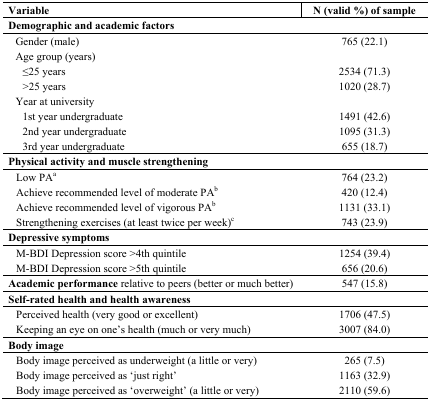
<table><thead><tr><td><b>Variable</b></td><td><b>N (valid %) of sample</b></td></tr></thead><tbody><tr><td colspan="2"><b>Demographic and academic factors</b></td></tr><tr><td>Gender (male)</td><td>765 (22.1)</td></tr><tr><td>Age group (years)</td><td></td></tr><tr><td>≤25 years</td><td>2534 (71.3)</td></tr><tr><td>&gt;25 years</td><td>1020 (28.7)</td></tr><tr><td>Year at university</td><td></td></tr><tr><td>1st year undergraduate</td><td>1491 (42.6)</td></tr><tr><td>2nd year undergraduate</td><td>1095 (31.3)</td></tr><tr><td>3rd year undergraduate</td><td>655 (18.7)</td></tr><tr><td colspan="2"><b>Physical activity and muscle strengthening</b></td></tr><tr><td>Low PA<sup>a</sup></td><td>764 (23.2)</td></tr><tr><td>Achieve recommended level of moderate PA<sup>b</sup></td><td>420 (12.4)</td></tr><tr><td>Achieve recommended level of vigorous PA<sup>b</sup></td><td>1131 (33.1)</td></tr><tr><td>Strengthening exercises (at least twice per week)<sup>c</sup></td><td>743 (23.9)</td></tr><tr><td colspan="2"><b>Depressive symptoms</b></td></tr><tr><td>M-BDI Depression score &gt;4th quintile</td><td>1254 (39.4)</td></tr><tr><td>M-BDI Depression score &gt;5th quintile</td><td>656 (20.6)</td></tr><tr><td><b>Academic performance</b> relative to peers (better or much better)</td><td>547 (15.8)</td></tr><tr><td colspan="2"><b>Self-rated health and health awareness</b></td></tr><tr><td>Perceived health (very good or excellent)</td><td>1706 (47.5)</td></tr><tr><td>Keeping an eye on one’s health (much or very much)</td><td>3007 (84.0)</td></tr><tr><td colspan="2"><b>Body image</b></td></tr><tr><td>Body image perceived as underweight (a little or very)</td><td>265 (7.5)</td></tr><tr><td>Body image perceived as ‘just right’</td><td>1163 (32.9)</td></tr><tr><td>Body image perceived as ‘overweight’ (a little or very)</td><td>2110 (59.6)</td></tr></tbody></table>